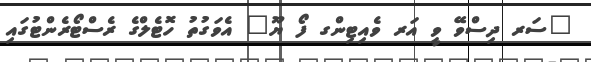
"ސަރ ދިސްވޭ ވީ އަރ ވެއިޓިންގ ފޯ ޔޫ" އެވަގުތު ހޮޓެލްގެ ރެސްޓޯރެންޓުގައި